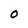
Character: O